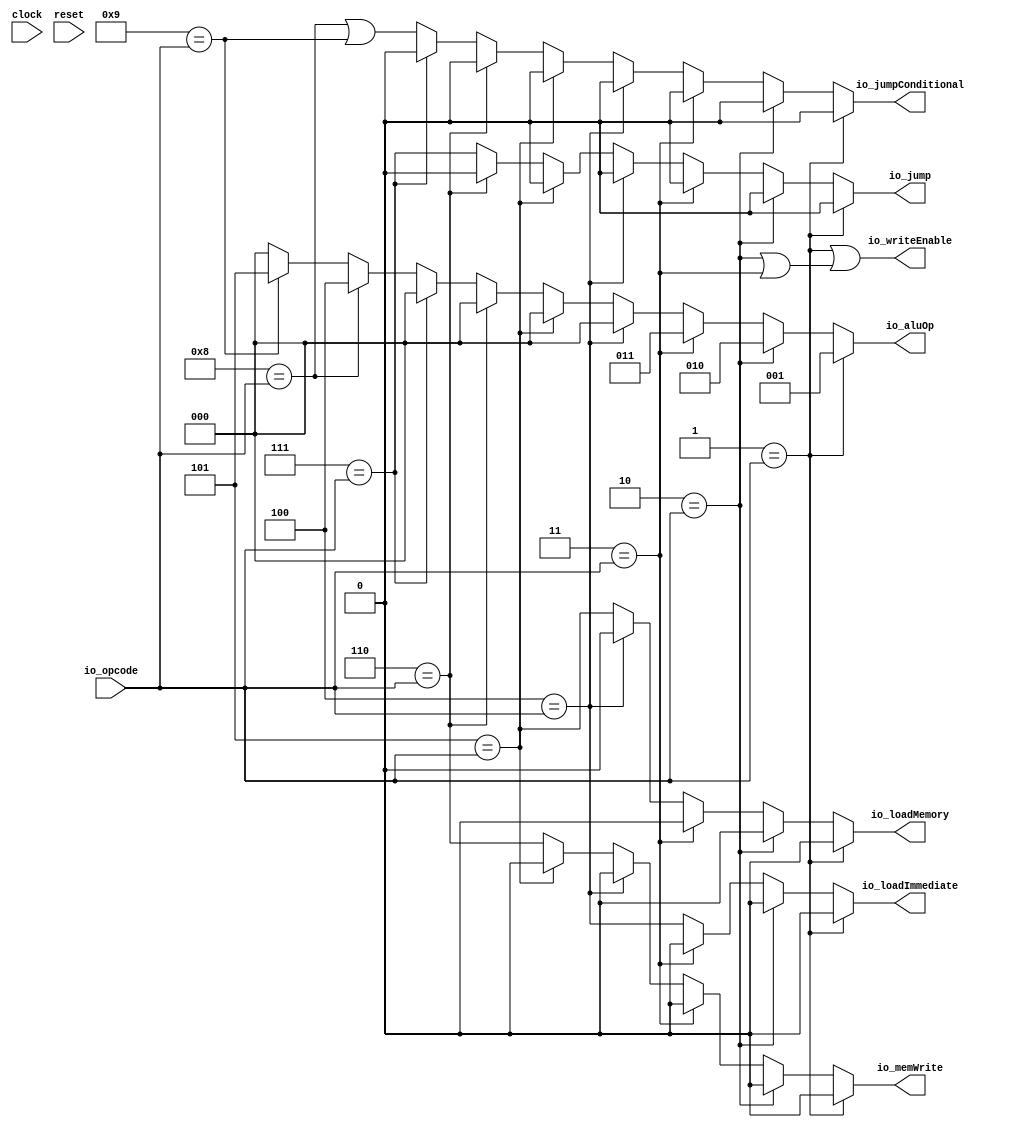
module ControlUnit(
  input        clock,
  input        reset,
  input  [3:0] io_opcode,
  output [2:0] io_aluOp,
  output       io_memWrite,
  output       io_writeEnable,
  output       io_loadMemory,
  output       io_jumpConditional,
  output       io_jump,
  output       io_loadImmediate
);
  wire  _T = 4'h1 == io_opcode; // @[Conditional.scala 37:30]
  wire  _T_1 = 4'h2 == io_opcode; // @[Conditional.scala 37:30]
  wire  _T_2 = 4'h3 == io_opcode; // @[Conditional.scala 37:30]
  wire  _T_3 = 4'h4 == io_opcode; // @[Conditional.scala 37:30]
  wire  _T_4 = 4'h5 == io_opcode; // @[Conditional.scala 37:30]
  wire  _T_5 = 4'h6 == io_opcode; // @[Conditional.scala 37:30]
  wire  _T_6 = 4'h7 == io_opcode; // @[Conditional.scala 37:30]
  wire  _T_7 = 4'h8 == io_opcode; // @[Conditional.scala 37:30]
  wire  _T_8 = 4'h9 == io_opcode; // @[Conditional.scala 37:30]
  wire [2:0] _GEN_0 = _T_8 ? 3'h5 : 3'h0; // @[Conditional.scala 39:67]
  wire [2:0] _GEN_2 = _T_7 ? 3'h4 : _GEN_0; // @[Conditional.scala 39:67]
  wire  _GEN_3 = _T_7 | _T_8; // @[Conditional.scala 39:67]
  wire [2:0] _GEN_5 = _T_6 ? 3'h0 : _GEN_2; // @[Conditional.scala 39:67]
  wire  _GEN_6 = _T_6 ? 1'h0 : _GEN_3; // @[Conditional.scala 39:67]
  wire  _GEN_8 = _T_5 ? 1'h0 : _T_6; // @[Conditional.scala 39:67]
  wire [2:0] _GEN_9 = _T_5 ? 3'h0 : _GEN_5; // @[Conditional.scala 39:67]
  wire  _GEN_10 = _T_5 ? 1'h0 : _GEN_6; // @[Conditional.scala 39:67]
  wire  _GEN_12 = _T_4 ? 1'h0 : _T_5; // @[Conditional.scala 39:67]
  wire  _GEN_13 = _T_4 ? 1'h0 : _GEN_8; // @[Conditional.scala 39:67]
  wire [2:0] _GEN_14 = _T_4 ? 3'h0 : _GEN_9; // @[Conditional.scala 39:67]
  wire  _GEN_15 = _T_4 ? 1'h0 : _GEN_10; // @[Conditional.scala 39:67]
  wire  _GEN_17 = _T_3 ? 1'h0 : _T_4; // @[Conditional.scala 39:67]
  wire  _GEN_18 = _T_3 ? 1'h0 : _GEN_12; // @[Conditional.scala 39:67]
  wire  _GEN_19 = _T_3 ? 1'h0 : _GEN_13; // @[Conditional.scala 39:67]
  wire [2:0] _GEN_20 = _T_3 ? 3'h0 : _GEN_14; // @[Conditional.scala 39:67]
  wire  _GEN_21 = _T_3 ? 1'h0 : _GEN_15; // @[Conditional.scala 39:67]
  wire [2:0] _GEN_22 = _T_2 ? 3'h3 : _GEN_20; // @[Conditional.scala 39:67]
  wire  _GEN_24 = _T_2 ? 1'h0 : _T_3; // @[Conditional.scala 39:67]
  wire  _GEN_25 = _T_2 ? 1'h0 : _GEN_17; // @[Conditional.scala 39:67]
  wire  _GEN_26 = _T_2 ? 1'h0 : _GEN_18; // @[Conditional.scala 39:67]
  wire  _GEN_27 = _T_2 ? 1'h0 : _GEN_19; // @[Conditional.scala 39:67]
  wire  _GEN_28 = _T_2 ? 1'h0 : _GEN_21; // @[Conditional.scala 39:67]
  wire [2:0] _GEN_29 = _T_1 ? 3'h2 : _GEN_22; // @[Conditional.scala 39:67]
  wire  _GEN_30 = _T_1 | _T_2; // @[Conditional.scala 39:67]
  wire  _GEN_31 = _T_1 ? 1'h0 : _GEN_24; // @[Conditional.scala 39:67]
  wire  _GEN_32 = _T_1 ? 1'h0 : _GEN_25; // @[Conditional.scala 39:67]
  wire  _GEN_33 = _T_1 ? 1'h0 : _GEN_26; // @[Conditional.scala 39:67]
  wire  _GEN_34 = _T_1 ? 1'h0 : _GEN_27; // @[Conditional.scala 39:67]
  wire  _GEN_35 = _T_1 ? 1'h0 : _GEN_28; // @[Conditional.scala 39:67]
  assign io_aluOp = _T ? 3'h1 : _GEN_29; // @[ControlUnit.scala 17:12 ControlUnit.scala 28:16 ControlUnit.scala 32:16 ControlUnit.scala 36:16 ControlUnit.scala 52:16 ControlUnit.scala 56:16]
  assign io_memWrite = _T ? 1'h0 : _GEN_33; // @[ControlUnit.scala 18:15 ControlUnit.scala 46:19]
  assign io_writeEnable = _T | _GEN_30; // @[ControlUnit.scala 19:18 ControlUnit.scala 29:22 ControlUnit.scala 33:22 ControlUnit.scala 37:22]
  assign io_loadMemory = _T ? 1'h0 : _GEN_32; // @[ControlUnit.scala 20:17 ControlUnit.scala 43:21]
  assign io_jumpConditional = _T ? 1'h0 : _GEN_35; // @[ControlUnit.scala 22:22 ControlUnit.scala 53:26 ControlUnit.scala 57:26]
  assign io_jump = _T ? 1'h0 : _GEN_34; // @[ControlUnit.scala 21:11 ControlUnit.scala 49:15]
  assign io_loadImmediate = _T ? 1'h0 : _GEN_31; // @[ControlUnit.scala 23:20 ControlUnit.scala 40:24]
endmodule